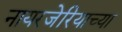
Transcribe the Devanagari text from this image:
नायरजेरियाच्या